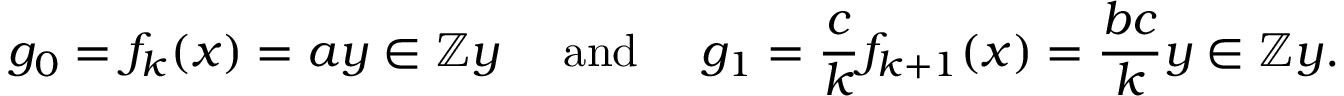
g _ { 0 } = f _ { k } ( x ) = a y \in \mathbb { Z } y \quad { \mathrm { ~ a n d ~ } } \quad g _ { 1 } = { \frac { c } { k } } f _ { k + 1 } ( x ) = { \frac { b c } { k } } y \in \mathbb { Z } y .